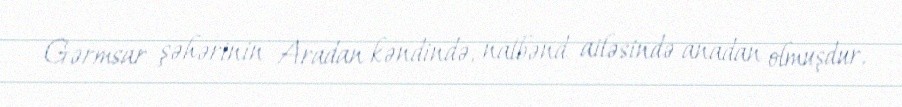
Gərmsar şəhərinin Aradan kəndində, nalbənd ailəsində anadan olmuşdur.